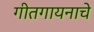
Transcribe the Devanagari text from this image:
गीतगायनाचे